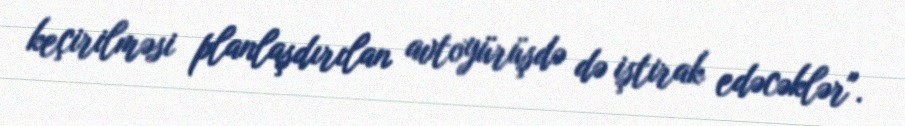
keçirilməsi planlaşdırılan avtoyürüşdə də iştirak edəcəklər".